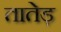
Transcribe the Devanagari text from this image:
तातेड़